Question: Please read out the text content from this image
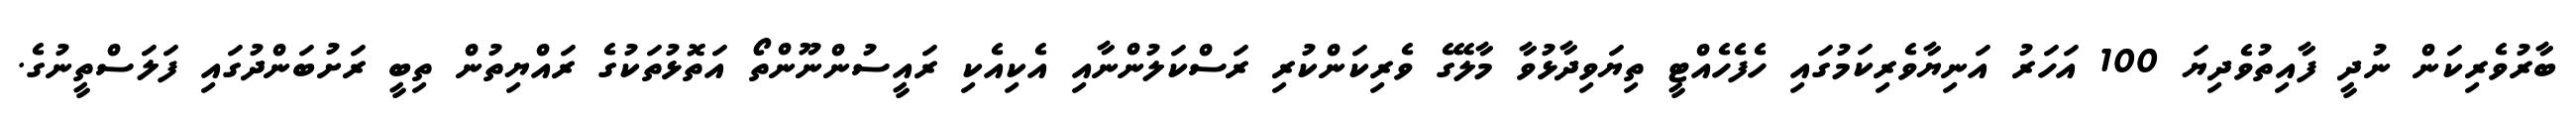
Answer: ބާރުވެރިކަން ނުދީ ފާއިތުވެދިޔަ 100 އަހަރު އަނިޔާވެރިކަމުގައި ހެފެހެއްޓީ ތިޔަވިދާޅުވާ މާލޭގެ ވެރިކަންކުރި ރަސްކަލުންނާއި އެކިއެކި ރައީސުންނޫންތޯ އަތޮޅުތަކުގެ ރައްޔިތުން ތިބީ ރަށުބަންދުގައި ފަލަސްތީނުގެ.